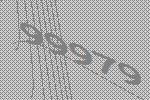
99979